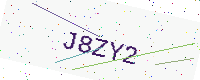
Text: J8ZY2